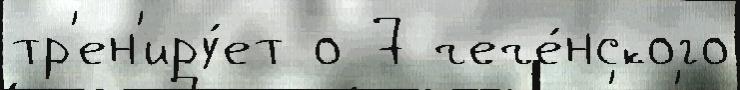
тр'ен'иру́ет о 7 чече́нского